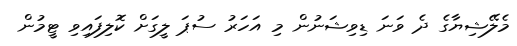
މެލޭޝިޔާގެ ދެ ވަނަ ޑިވިޝަނުން މި އަހަރު ސުޕަ ލީގަށް ކޮލިފައިވި ޓީމުން